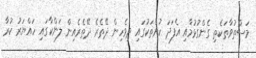
މަސްތުވާތަކެތި ގެންގުޅުމާއި އެފަދަ ކުށްތަކުގައި ދިވެހިން ދޭތެރެ ދޭތެރެއިން ލަންކާގައި ހައްޔަރު ކުރާ